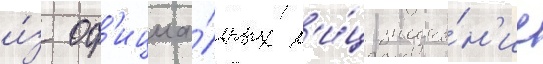
и́з оф'ициа́льных л'и́ц значе́н'ие